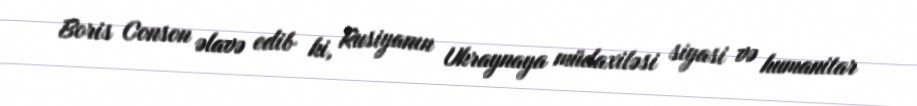
Boris Conson əlavə edib ki, Rusiyanın Ukraynaya müdaxiləsi siyasi və humanitar